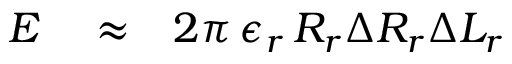
\begin{array} { r l r } { E } & { { } \approx } & { 2 \pi \, \epsilon _ { r } \, R _ { r } \Delta R _ { r } \Delta L _ { r } } \end{array}